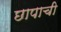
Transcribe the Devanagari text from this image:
छापाची